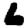
Digit: 6